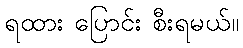
ရထား ပြောင်း စီးရမယ်။